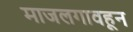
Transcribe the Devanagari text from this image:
माजलगावहून